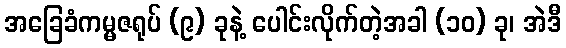
အခြေခံကမ္မဇရုပ် (၉) ခုနဲ့ ပေါင်းလိုက်တဲ့အခါ (၁၀) ခု၊ အဲဒီ